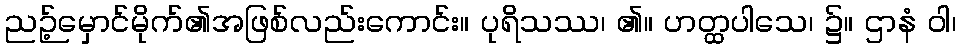
ညဉ့်မှောင်မိုက်၏အဖြစ်လည်းကောင်း။ ပုရိသဿ၊ ၏။ ဟတ္ထပါသေ၊ ၌။ ဌာနံ ဝါ၊